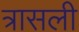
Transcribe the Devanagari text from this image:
त्रासली